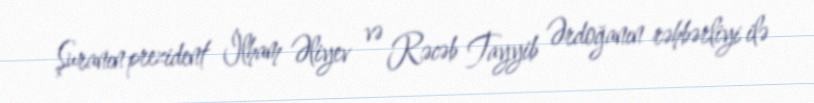
Şuranın prezident İlham Əliyev və Rəcəb Tayyib Ərdoğanın rəhbərliyi ilə